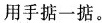
用手掂一掂。